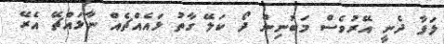
ލަފާ ދެނީ އޭރުވެސް މަބުނިން ދޯ ކަލޭ ގާތު ޅައެއްޗެއް ނާޅައްޗޭ އެރޭ